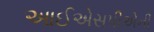
આઈએસપીએની